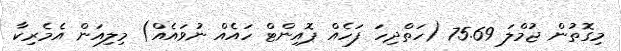
މިގޮތުން ޖުމްލަ 75.69 (ހަތްދިހަ ފަހެއް ޕޮއިންޓް ހައެއް ނުވައެއް) މިލިއަން އެމެރިކާ